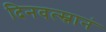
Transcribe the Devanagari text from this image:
दिनवत्स्नानं